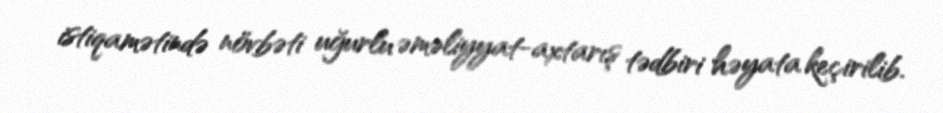
istiqamətində növbəti uğurlu əməliyyat-axtarış tədbiri həyata keçirilib.